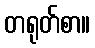
တရုတ်စာ။